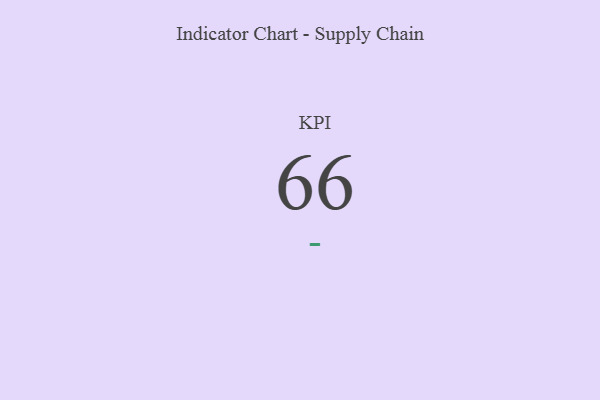
{"axis": {"x": "KPI", "y": "Value"}, "legend": [""], "data": [{"x": "KPI", "y": 66, "type": ""}]}